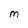
Character: M